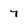
Character: 7